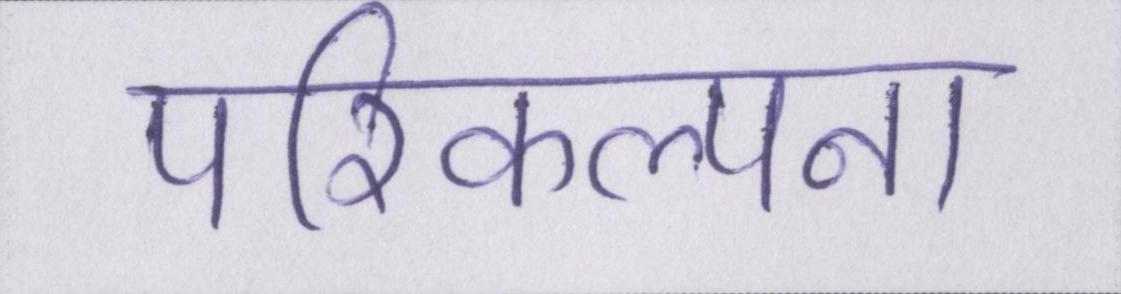
परिकल्पना